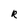
Character: R